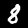
Label: 8